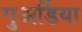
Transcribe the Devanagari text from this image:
गुअर्डिया